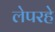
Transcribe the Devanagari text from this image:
लेपरहे